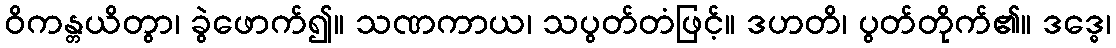
ဝိကန္တယိတွာ၊ ခွဲဖောက်၍။ သဏကာယ၊ သပွတ်တံဖြင့်။ ဒဟတိ၊ ပွတ်တိုက်၏။ ဒဒ္ဓေ၊